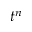
t ^ { n }